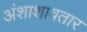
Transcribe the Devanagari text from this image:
अंशाशावतार